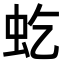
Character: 虼